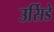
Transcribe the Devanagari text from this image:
उर्सिडे